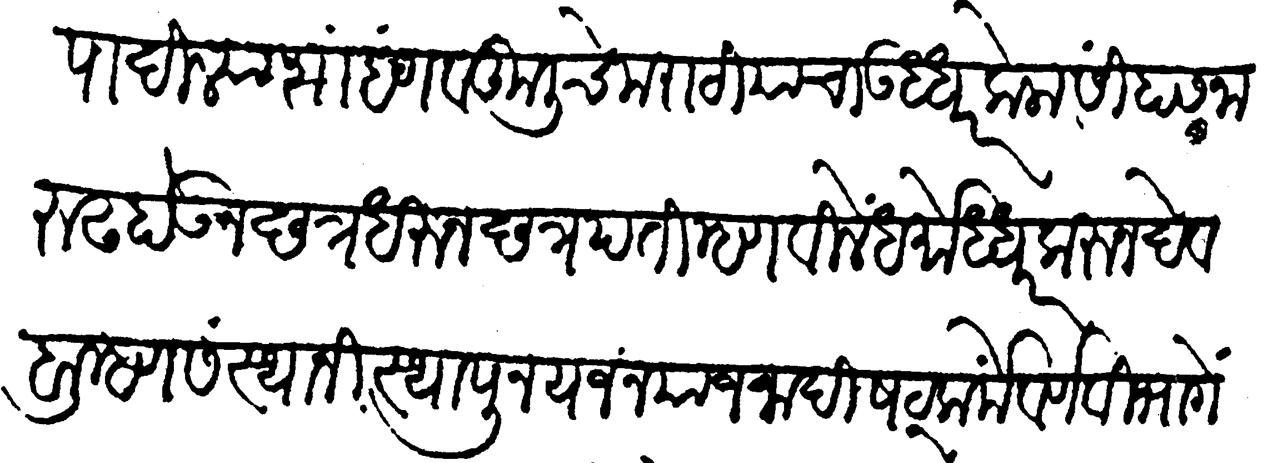
Transliteration (Devanagari): संपादिल्या शाहण्णव कुलीचे मराठियांचा उध्धार केला सिंहासनारूढ होऊन छत्र धरून छत्रपति म्हणविलें धर्मोध्धार करून देव ब्राह्मण संस्थानीं स्थापून यजन याजनादि षट्कर्में वर्णविभागें